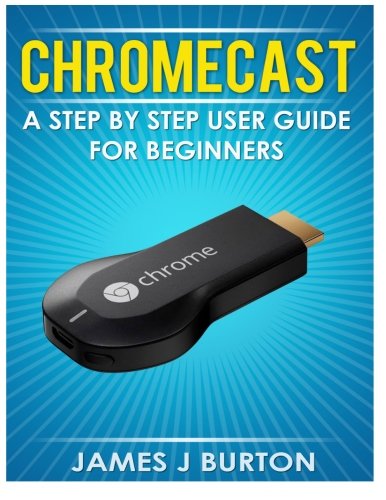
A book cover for Chromecast: A Step by Step User Guide for Beginners; James J Burton; Computers & Technology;